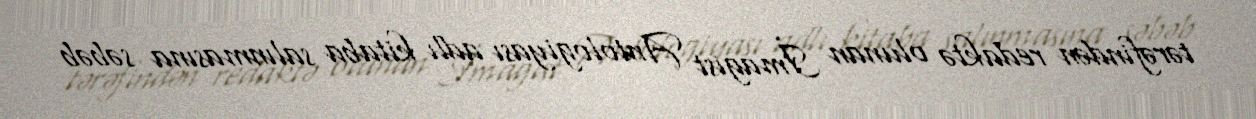
tərəfindən redaktə olunan İmagist Antologiyası adlı kitaba salınmasına səbəb